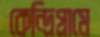
কেন্দ্রিগ্রামে